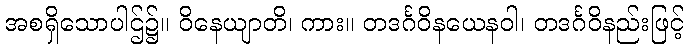
အစရှိသောပါဌ်၌။ ဝိနေယျာတိ၊ ကား။ တဒင်္ဂဝိနယေနဝါ၊ တဒင်္ဂဝိနည်းဖြင့်